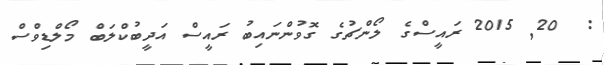
:  20